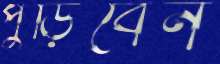
পুড়িবেন